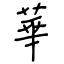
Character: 華